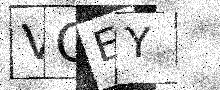
Text: VCEY